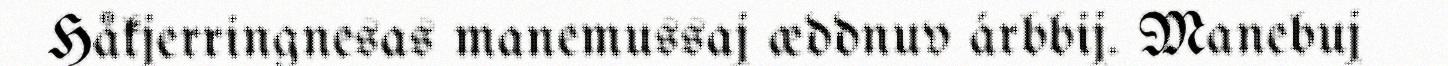
Håkjerringnesas manemussaj æddnuv árbbij. Manebuj